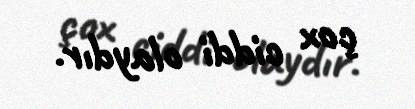
çox ciddi olaydır.